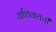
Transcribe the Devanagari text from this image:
याशिवायची